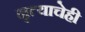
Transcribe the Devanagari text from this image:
नृत्याचेही